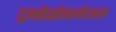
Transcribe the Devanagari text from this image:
ट्रन्सेसोफगेअल